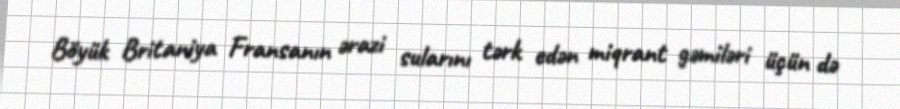
Böyük Britaniya Fransanın ərazi sularını tərk edən miqrant gəmiləri üçün də